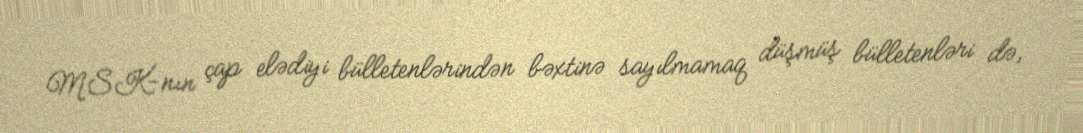
MSK-nın çap elədiyi bülletenlərindən bəxtinə sayılmamaq düşmüş bülletenləri də,